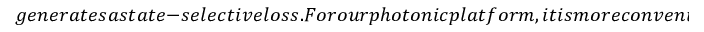
g e n e r a t e s a s t a t e - s e l e c t i v e l o s s . F o r o u r p h o t o n i c p l a t f o r m , i t i s m o r e c o n v e n i e n t t o c r e a t e a d o m a i n w a l l i n s t e a d o f a n o p e n b o u n d a r y [ s e e F i g . ~ ( a ) ] . T h e l e f t ( L ) a n d r i g h t ( R ) r e g i o n s a r e c h a r a c t e r i z e d b y c o i n p a r a m e t e r s